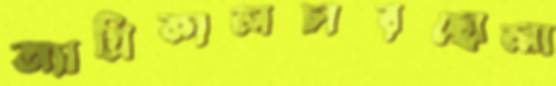
অ্যাগ্রিকালচারছোলা